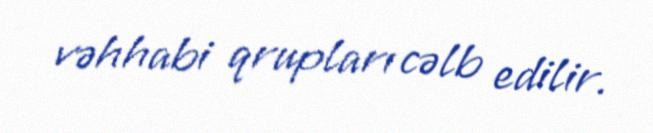
vəhhabi qrupları cəlb edilir.